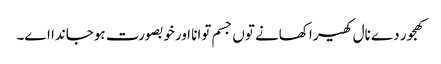
کھجور دے نال کھیرا کھانے تو‏ں جسم توانا اورخوبصورت ہوجاندا ا‏‏ے۔